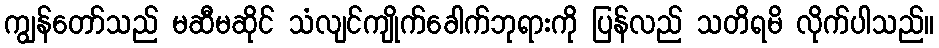
ကျွန်တော်သည် မဆီမဆိုင် သံလျင်ကျိုက်ခေါက်ဘုရားကို ပြန်လည် သတိရမိ လိုက်ပါသည်။